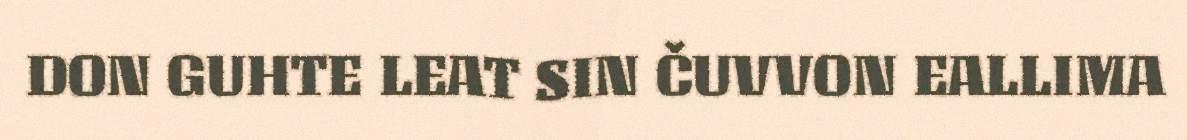
DON GUHTE LEAT SIN ČUVVON EALLIMA